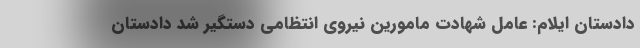
دادستان ایلام: عامل شهادت مامورین نیروی انتظامی دستگیر شد دادستان